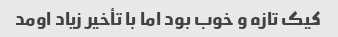
کیک تازه و خوب بود اما با تأخیر زیاد اومد